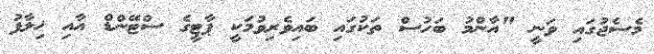
މެސެޖުގައި ވަނީ "އާންމު ބަހުސް ތަކުގައި ބައިވެރިވުމަކީ ޕާޓީގެ ސްޓޭންޑް އާއި ޚިލާފު